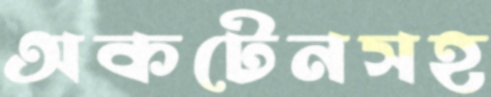
অকটেনসহ